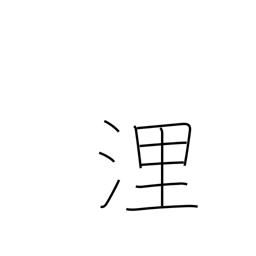
Meaning: nautical mile